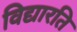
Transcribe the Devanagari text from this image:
विद्यारति